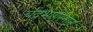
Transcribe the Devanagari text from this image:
चंद्रभागेस्नान